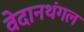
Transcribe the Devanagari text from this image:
वेदानथंगल